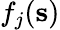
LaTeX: f_{j}({\mathbf s})